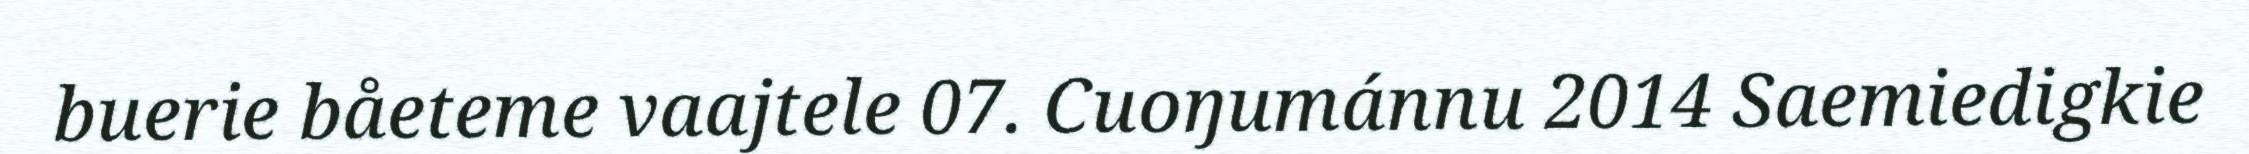
buerie båeteme vaajtele 07. Cuoŋumánnu 2014 Saemiedigkie